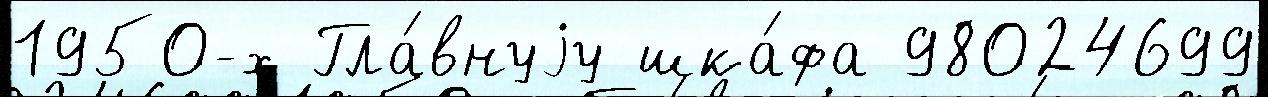
1950-х Гла́внуjу шка́фа 98024699